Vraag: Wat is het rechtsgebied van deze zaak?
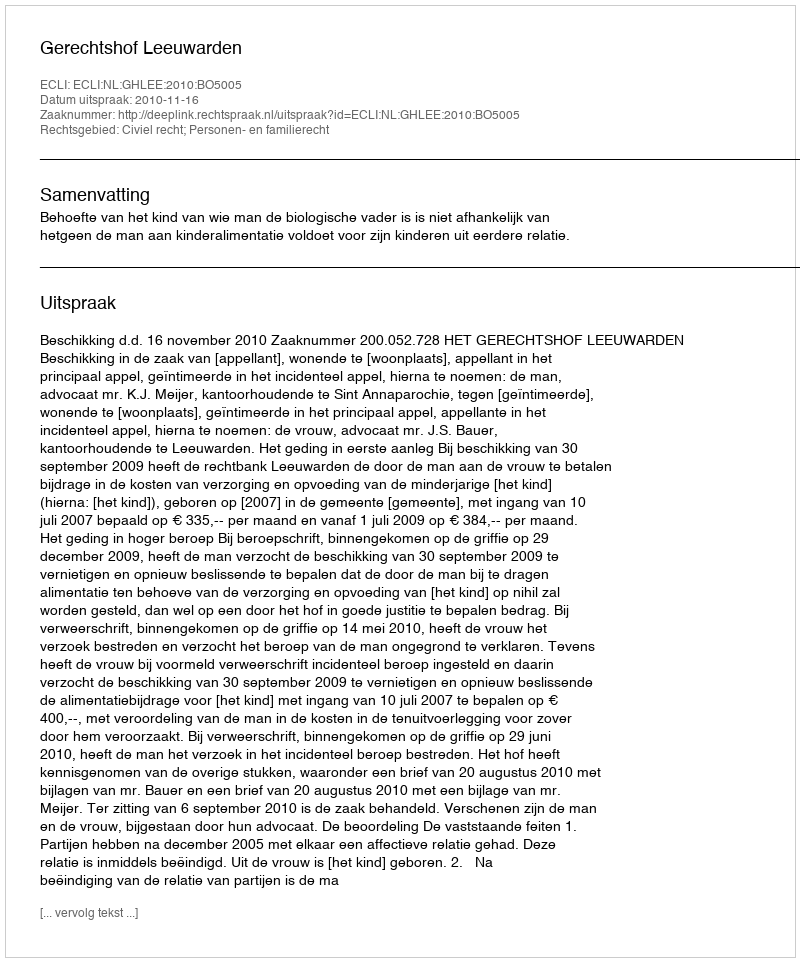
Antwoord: Civiel recht; Personen- en familierecht